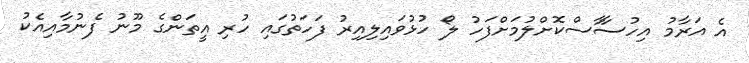
އެ އަރާމު އިހުސާާސްކޮށްލުމަށްފަހު ލޯ ހުޅުވައިލިއިރު ފަހަތުގައި ހުރި އީތަންގެ މޫނު ފެނުމާއިއެކު